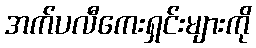
အက်ပလီကေးရှင်းများကို